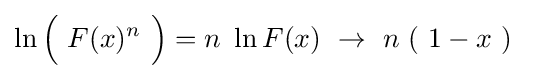
\ln {\Bigl (}\ F(x)^{n}\ {\Bigr )}=n\ \ln F(x)\ \rightarrow \ n\ (\ 1-x\ )~